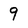
Character: 9